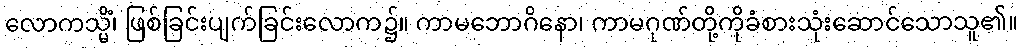
လောကသ္မိံ၊ ဖြစ်ခြင်းပျက်ခြင်းလောက၌။ ကာမဘောဂိနော၊ ကာမဂုဏ်တို့ကိုခံစားသုံးဆောင်သောသူ၏။